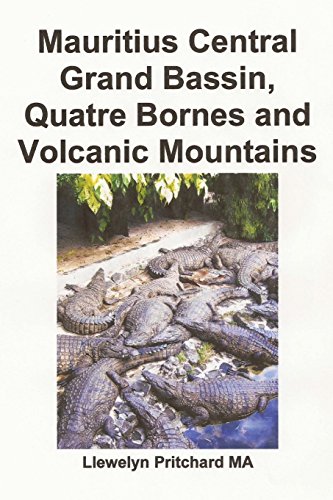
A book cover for Mauritius Central Grand Bassin, Quatre Bornes and Volcanic Mountains: A  Souvenir Collection foto berwarna dengan keterangan (Foto Album) (Volume 12) (Indonesian Edition); Llewelyn Pritchard MA; Travel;